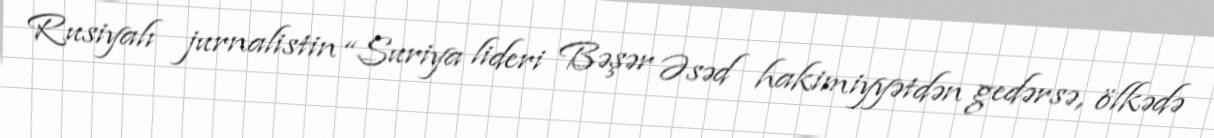
Rusiyalı jurnalistin “Suriya lideri Bəşər Əsəd hakimiyyətdən gedərsə, ölkədə